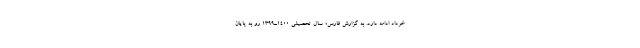
خرداد ادامه دارد. به گزارش فارس؛ سال تحصیلی 1400ـ1399 رو به پایان